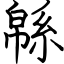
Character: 緜